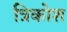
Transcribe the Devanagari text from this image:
त्रिकोश